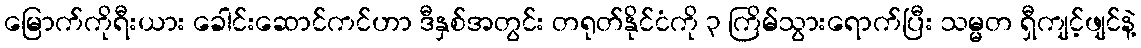
မြောက်ကိုရီးယား ခေါင်းဆောင်ကင်ဟာ ဒီနှစ်အတွင်း တရုတ်နိုင်ငံကို ၃ ကြိမ်သွားရောက်ပြီး သမ္မတ ရှီကျင့်ဖျင်နဲ့